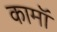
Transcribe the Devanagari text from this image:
कामॉ